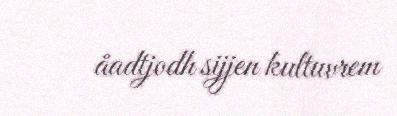
åadtjodh sijjen kultuvrem